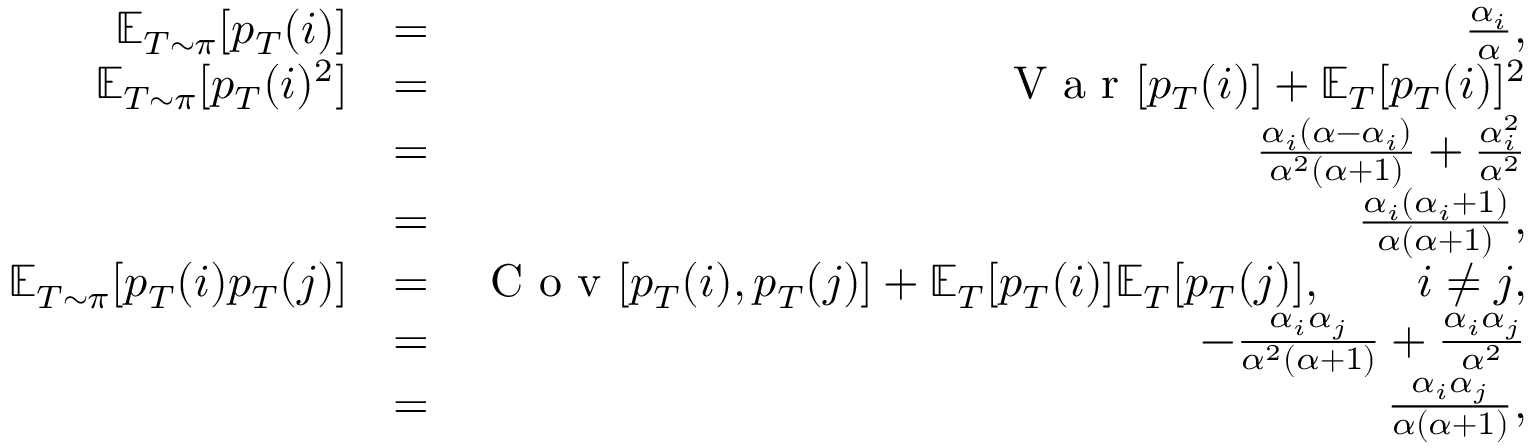
\begin{array} { r l r } { \mathbb { E } _ { T \sim \pi } [ p _ { T } ( i ) ] } & { = } & { \frac { \alpha _ { i } } { \alpha } , } \\ { \mathbb { E } _ { T \sim \pi } [ p _ { T } ( i ) ^ { 2 } ] } & { = } & { \textrm { V a r } [ p _ { T } ( i ) ] + \mathbb { E } _ { T } [ p _ { T } ( i ) ] ^ { 2 } } \\ & { = } & { \frac { \alpha _ { i } ( \alpha - \alpha _ { i } ) } { \alpha ^ { 2 } ( \alpha + 1 ) } + \frac { \alpha _ { i } ^ { 2 } } { \alpha ^ { 2 } } } \\ & { = } & { \frac { \alpha _ { i } ( \alpha _ { i } + 1 ) } { \alpha ( \alpha + 1 ) } , } \\ { \mathbb { E } _ { T \sim \pi } [ p _ { T } ( i ) p _ { T } ( j ) ] } & { = } & { \textrm { C o v } [ p _ { T } ( i ) , p _ { T } ( j ) ] + \mathbb { E } _ { T } [ p _ { T } ( i ) ] \mathbb { E } _ { T } [ p _ { T } ( j ) ] , \qquad i \neq j , } \\ & { = } & { - \frac { \alpha _ { i } \alpha _ { j } } { \alpha ^ { 2 } ( \alpha + 1 ) } + \frac { \alpha _ { i } \alpha _ { j } } { \alpha ^ { 2 } } } \\ & { = } & { \frac { \alpha _ { i } \alpha _ { j } } { \alpha ( \alpha + 1 ) } , } \end{array}